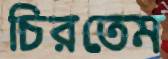
চিরতেম